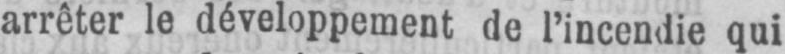
arrêter le développement de l’incendie qui